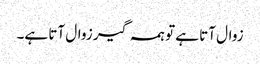
زوال آتا ہے تو ہمہ گیر زوال آتا ہے۔